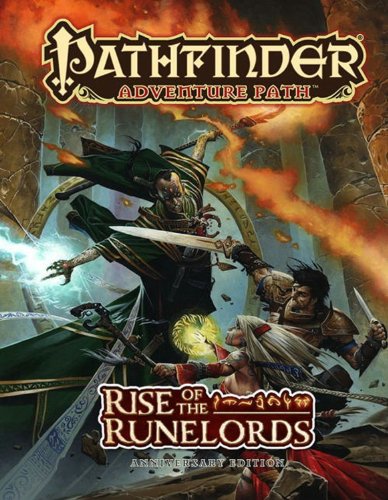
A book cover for Pathfinder Adventure Path: Rise of the Runelords Anniversary Edition; James Jacobs; Science Fiction & Fantasy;